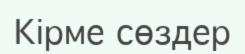
Кірме сөздер